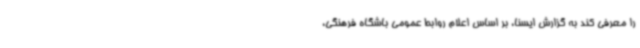
را معرفی کند به گزارش ایسنا، بر اساس اعلام روابط عمومی باشگاه فرهنگی،